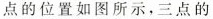
点的位置如图所示，三点的